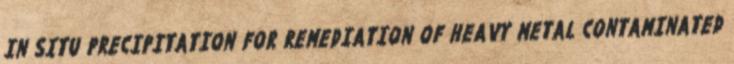
IN SITU PRECIPITATION FOR REMEDIATION OF HEAVY METAL CONTAMINATED